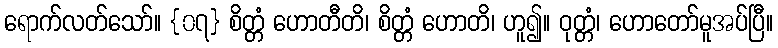
ရောက်လတ်သော်။ {၀၇} စိတ္တံ ဟောတီတိ၊ စိတ္တံ ဟောတိ၊ ဟူ၍။ ဝုတ္တံ၊ ဟောတော်မူအပ်ပြီ။